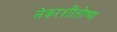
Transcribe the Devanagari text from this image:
लेकरशीतोष्ण